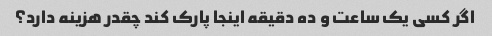
اگر کسی یک ساعت و ده دقیقه اینجا پارک کند چقدر هزینه دارد؟